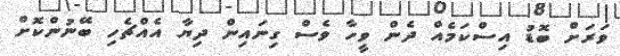
ވަރަށް ބޮޑު އިސްކަމެއް ދެން ވީހާ ވެސް ގިނައިން ދިޔާ އެއްޗެހި ބޭނުންކޮށް